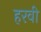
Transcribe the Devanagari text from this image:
हरवी